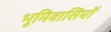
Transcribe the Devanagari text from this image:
भूमिवासियों